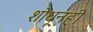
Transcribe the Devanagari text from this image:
शोधूनही